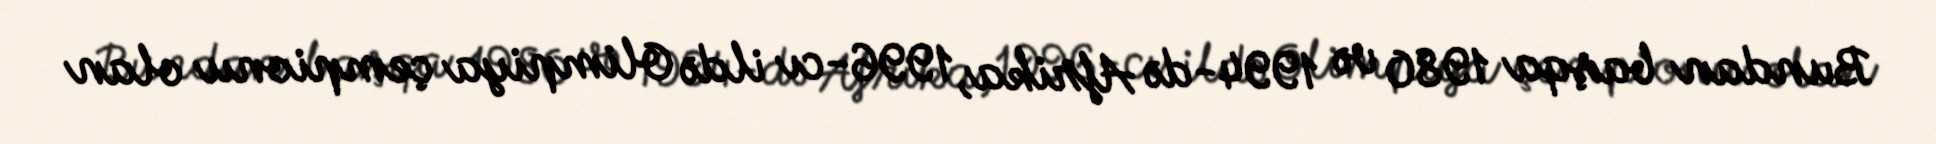
Bundan başqa 1980 və 1994-də Afrika, 1996-cı ildə Olimpiya çempionu olan